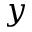
y